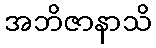
အဘိဇာနာသိ